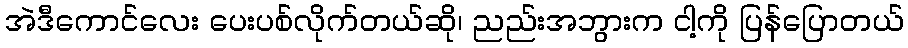
အဲဒီကောင်လေး ပေးပစ်လိုက်တယ်ဆို၊ ညည်းအဘွားက ငါ့ကို ပြန်ပြောတယ်